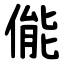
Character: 㑷